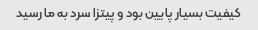
کیفیت بسیار پایین بود و پیتزا سرد به ما رسید